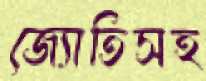
জ্যোতিসহ